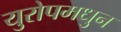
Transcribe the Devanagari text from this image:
युरोपमधुन